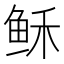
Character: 稣